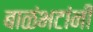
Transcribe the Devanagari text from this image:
बाळंभटांनी